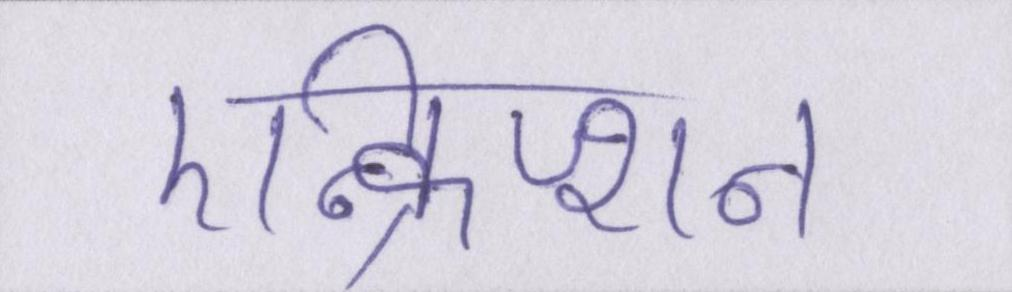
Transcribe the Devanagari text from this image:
एन्क्रिप्शन